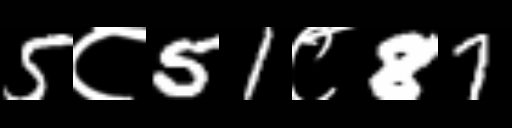
Text: 5८51८87